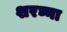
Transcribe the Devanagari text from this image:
शरघ्ना